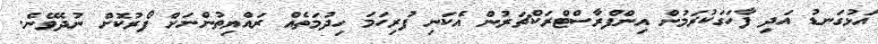
އަޅުގަނޑު އަދި ފާހަގަކުރަމުން އިންފްރާސްޓްރަކްޗަރުން އެކަނި ފުރިހަމަ ހިދުމަތެއް ރައްޔިތުންނަށް ފޯރުކޮށް ނުދެވޭނެ.